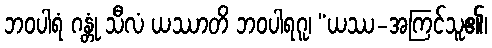
ဘဝပါရံ ဂန္တုံ သီလံ ယဿာတိ ဘဝပါရဂူ၊ “ယဿ-အကြင်သူ၏၊